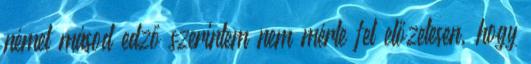
német másod edző szerintem nem mérte fel előzetesen, hogy